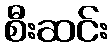
စီးဆင်း